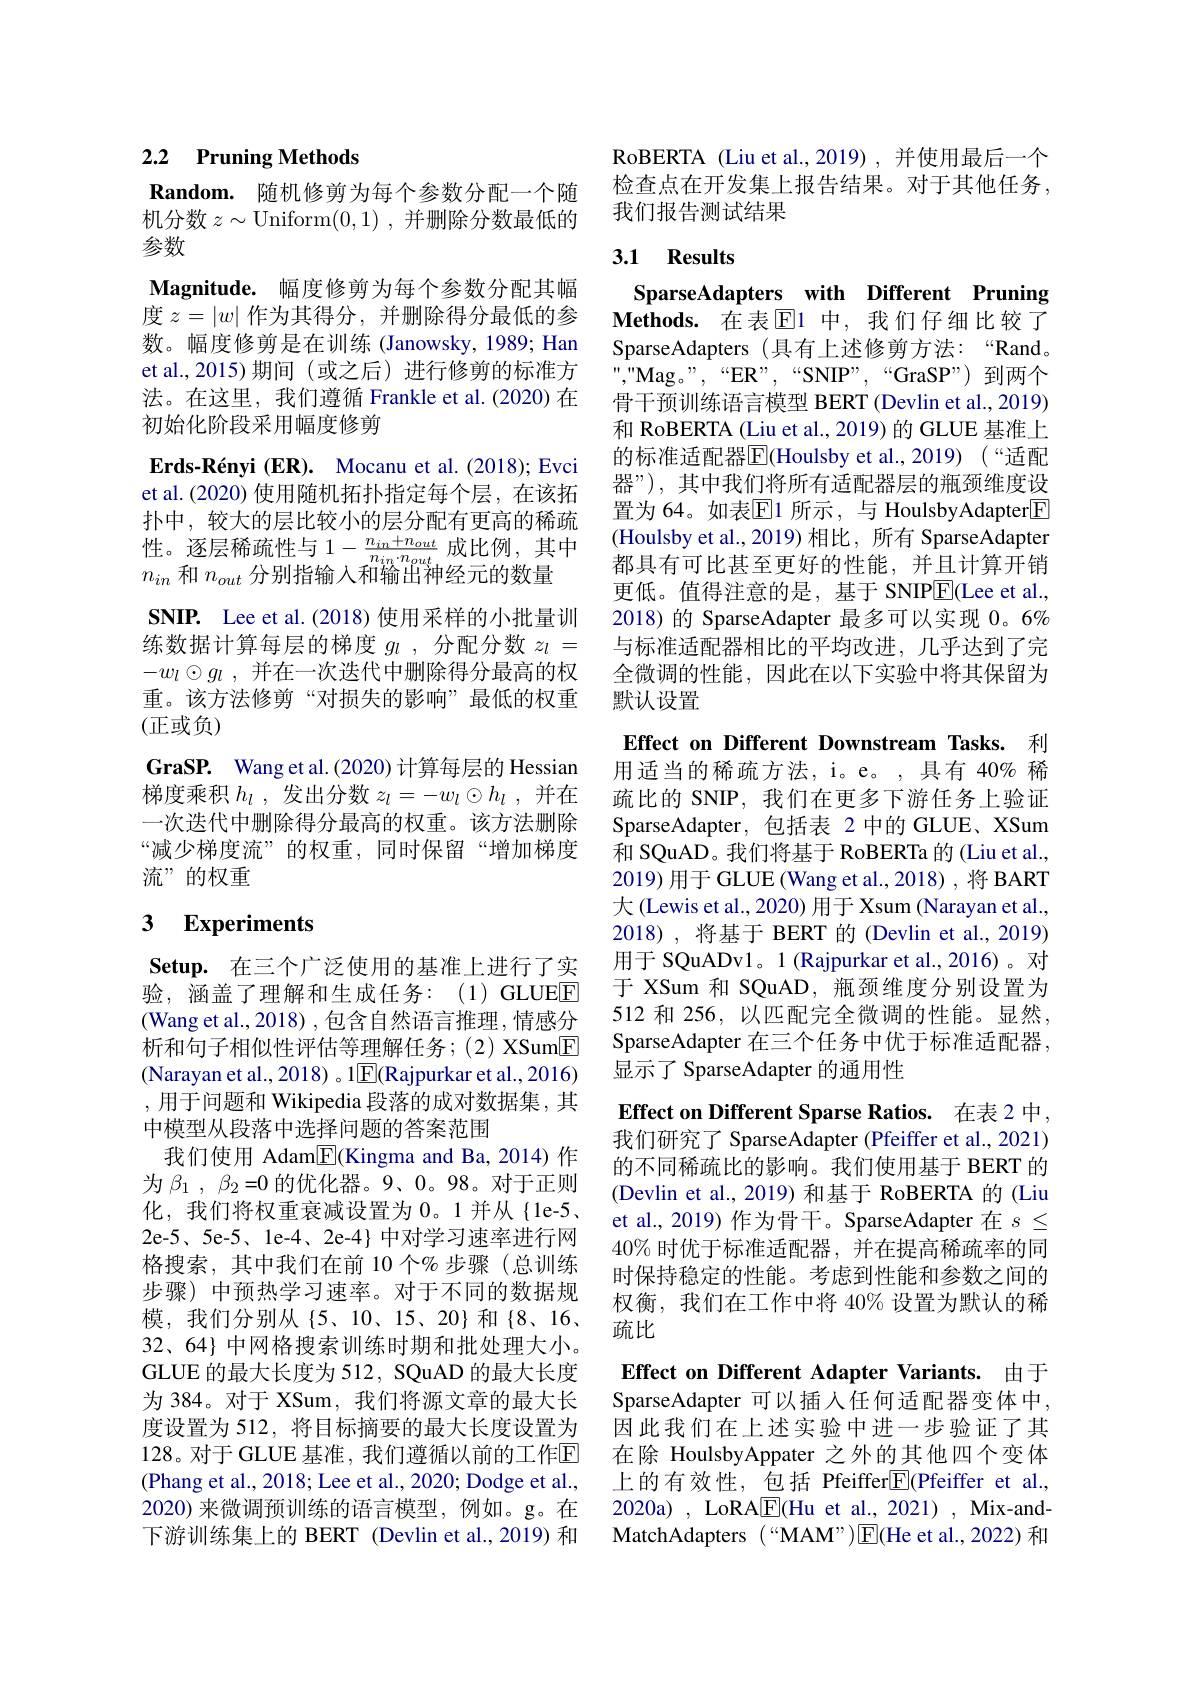
## 2.2 Pruning Methods

Random. 随机修剪为每个参数分配一个随机分数$z\sim$Uniform(0,1),并删除分数最低的参数
Magnitude. 幅度修剪为每个参数分配其幅度$z=|w|$作为其得分，并删除得分最低的参数。幅度修剪是在训练 (Janowsky,1989; Han et al.,2015)期间(或之后)进行修剪的标准方法。在这里，我们遵循 Frankle et al.(2020) 在初始化阶段采用幅度修剪
$\textbf{Erds- R\' {e}nyi( ER) . }$ Mocanu et al.(2018); Evci et al.(2020) 使用随机拓扑指定每个层，在该拓扑中，较大的层比较小的层分配有更高的稀疏性。逐层稀疏性与$1-\frac{n_{in}+n_{out}}{n_{in}\cdot n_{out}}$成比例，其中$n_{in}$和$n_out$分别指输入和输出神经元的数量
SNIP. Lee et al.(2018) 使用采样的小批量训练数据计算每层的梯度$g_l$ ,分配分数$z_l=$ $- w_{l}\odot g_{l}$ , 并在一次迭代中删除得分最高的权重。该方法修剪“对损失的影响”最低的权重(正或负)
GraSP. Wang et al.(2020) 计算每层的 Hessian 梯度乘积$h_l$ ,发出分数$z_l=-w_l\odot h_l$ ,并在一次迭代中删除得分最高的权重。该方法删除“减少梯度流”的权重，同时保留“增加梯度流”的权重

# 3 Experiments

$\textbf{Setup. 在 三 个 广 泛 使 用 的 基 准 上 进 行 了 实 }$ 验，涵盖了理解和生成任务：(1)GLUEE $\left(\text{Wang et al.,2018),包含自然语言推理，情感分}\right)$ 析和句子相似性评估等理解任务；(2) XSum$\boxed{\mathrm{F}}$ (Narayan et al., 2018) 。1|E|(Rajpurkar et al., 2016) , 用于问题和 Wikipedia 段落的成对数据集，其中模型从段落中选择问题的答案范围
我们使用 Adam$\underline{\mathbb{E}}($Kingma and Ba,2014)作为$\beta _{1}$ , $\beta _{2}= 0$的优化器。9、0。98。对于正则化，我们将权重衰减设置为 0。1 并从{1e-5、 2e-5、5e-5、le-4、2e-4} 中对学习速率进行网格搜索，其中我们在前 10 个% 步骤(总训练步骤) 中预热学习速率。对于不同的数据规模，我们分别从{5、10、15、20}和{8、16、} 32、64} 中网格搜索训练时期和批处理大小。GLUE 的最大长度为 512, SQuAD 的最大长度为 384。对于 XSum, 我们将源文章的最大长度设置为 512, 将目标摘要的最大长度设置为128。对于 GLUE 基准，我们遵循以前的工作回(Phang et al., 2018; Lee et al., 2020; Dodge et al., 2020)来微调预训练的语言模型，例如。g。在下游训练集上的 BERT (Devlin et al.,2019) 和

RoBERTA (Liu et al.,2019) ,并使用最后一个检查点在开发集上报告结果。对于其他任务， 我们报告测试结果

## 3.1 Results

SparseAdapters with Different Pruning $\textbf{Methods. 在 表 El 中 , 我 们 仔 细 比 较 了 }$ SparseAdapters (具有上述修剪方法：“Rand。“ , ” Mag。” , “ ER” , “ SNIP” , “ GraSP” ) 到两个骨干预训练语言模型 BERT (Devlin et al., 2019) 和 RoBERTA (Liu et al., 2019) 的 GLUE 基准上的标准适配器$\boxed{\mathrm{E}}$(Houlsby et al., 2019) (“适配器”), 其中我们将所有适配器层的瓶颈维度设置为 64。如表E$l1$ 所示，与 HoulsbyAdapter[F] (Houlsby et al.,2019) 相比，所有 SparseAdapter 都具有可比甚至更好的性能，并且计算开销更低。值得注意的是，基于 SNIP$\underline{\mathrm{E}}($Lee et al., 2018) 的 SparseAdapter 最多可以实现 0。6% 与标准适配器相比的平均改进，几乎达到了完全微调的性能，因此在以下实验中将其保留为默认设置

Effect on Different Downstream Tasks. 利用适当的稀疏方法，i。e。,具有 40% 稀

疏比的 SNIP,我们在更多下游任务上验证SparseAdapter,包括表 2 中的 GLUE、XSum 和 SQuAD。我们将基于 RoBERTa 的 (Liu et al., 2019) 用于 GLUE (Wang et al., 2018) , 将 BART 大 (Lewis et al., 2020) 用于 Xsum (Narayan et al.. 2018),将基于 BERT 的 (Devlin et al., 2019) 用于 SQuADv1。1 (Rajpurkar et al.,2016)。对于 XSum 和 SQuAD, 瓶颈维度分别设置为512 和 256, 以匹配完全微调的性能。显然SparseAdapter 在三个任务中优于标准适配器， 显示了 SparseAdapter 的通用性

Effect on Different Sparse Ratios. 在表 2 中， 我们研究了 SparseAdapter (Pfeiffer et al., 2021) 的不同稀疏比的影响。我们使用基于 BERT 的(Devlin et al., 2019) 和基于 RoBERTA 的 (Liu et al.,2019) 作为骨干。SparseAdapter 在$s\leq$ $40\%$时优于标准适配器，并在提高稀疏率的同时保持稳定的性能。考虑到性能和参数之间的权衡，我们在工作中将 40% 设置为默认的稀疏比

Effect on Different Adapter Variants. 由于SparseAdapter 可以插人任何适配器变体中， 因此我们在上述实验中进一步验证了其在除 HoulsbyAppater 之外的其他四个变体上的有效性，包括 Pfeiffer$\boxed{\mathrm{F}}($Pfeiffer et al., 2020a) , LoRA$\boxed{\mathrm{F}}($Hu et al., 2021) , Mix-andMatchAdapters (“MAM”)E(He et al., 2022) 和